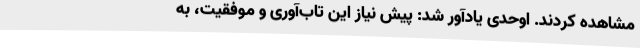
مشاهده کردند. اوحدی یادآور شد: پیش نیاز این تاب‌آوری و موفقیت، به